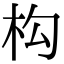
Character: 构